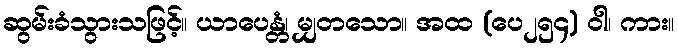
ဆွမ်းခံသွားသဖြင့်။ ယာပေန္တံ၊ မျှတသော။ အထ (ပေ၂၅၄) ဝါ၊ ကား။